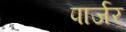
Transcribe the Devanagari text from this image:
पार्जर